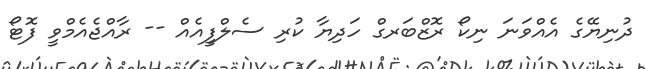
ދުނިޔޭގެ އެއްވަނަ ނިކޯ ރޮޒްބަރގް ހަދިޔާ ކުރި ސެލްފީއެއް -- ރާއްޖެއެމްވީ ފޮޓޯ